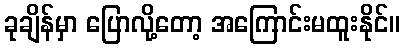
ခုချိန်မှာ ပြောလို့တော့ အကြောင်းမထူးနိုင်။